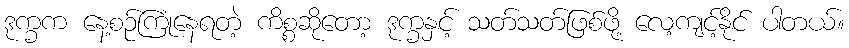
ဒုက္ခက နေ့စဉ်ကြုံနေရတဲ့ ကိစ္စဆိုတော့ ဒုက္ခနှင့် သတ်သတ်ဖြစ်ဖို့ လေ့ကျင့်နိုင် ပါတယ်။